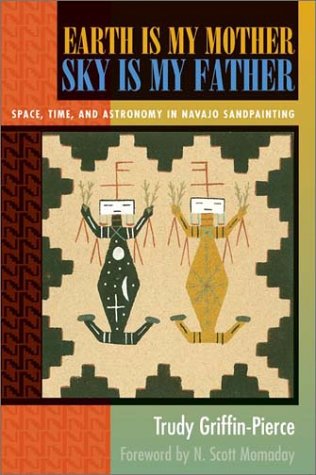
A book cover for Earth Is My Mother, Sky Is My Father: Space, Time, and Astronomy in Navajo Sandpainting; Trudy Griffin-Pierce; Literature & Fiction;